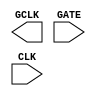
module sky130_fd_sc_ms__dlclkp (
    GCLK,
    GATE,
    CLK
);

    output GCLK;
    input  GATE;
    input  CLK ;

    // Voltage supply signals
    supply1 VPWR;
    supply0 VGND;
    supply1 VPB ;
    supply0 VNB ;

endmodule